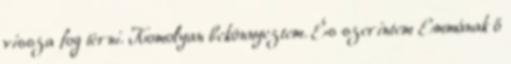
vissza fog térni. Komolyan bekönnyeztem. És szerintem Emmának ő